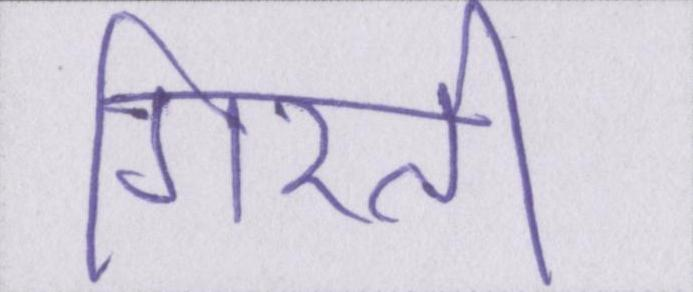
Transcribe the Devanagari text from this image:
गिरती